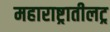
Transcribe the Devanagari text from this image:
महाराष्ट्रातीलट्र